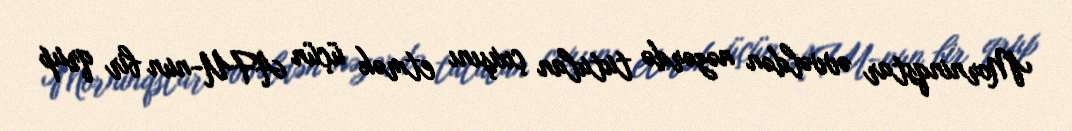
Morninqstar əvvəldən nəzərdə tutulan çıxışını etmək üçün AFU-nun bir qrup